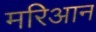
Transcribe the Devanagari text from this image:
मरिआन